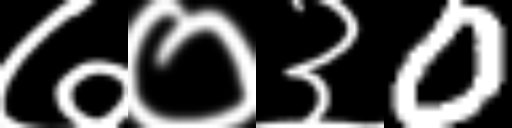
Text: ७०३0